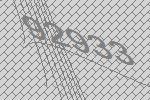
92933